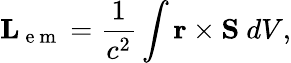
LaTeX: \mathbf{L}_{\mathrm{~e~m~}}=\frac{1}{c^{2}}\int\mathbf{r}\times\mathbf{S}~dV,